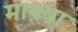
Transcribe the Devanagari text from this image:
मायबा